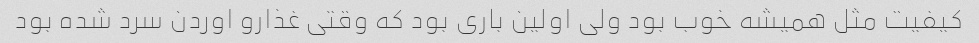
کیفیت مثل همیشه خوب بود ولی اولین باری بود که وقتی غذارو اوردن سرد شده بود